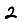
Digit: 2